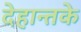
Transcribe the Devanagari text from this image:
देहान्तके